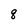
Character: 8